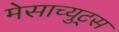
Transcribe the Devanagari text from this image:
मेसाच्युट्स